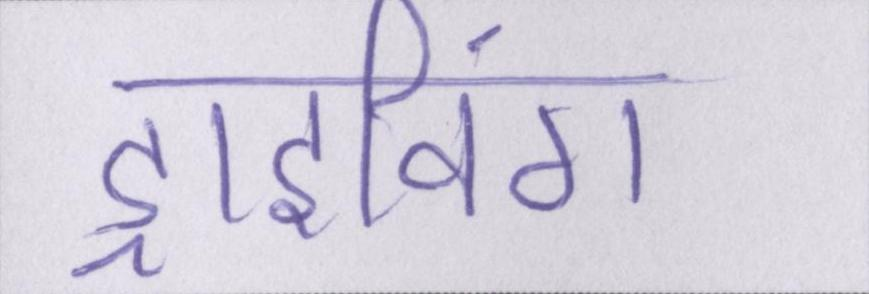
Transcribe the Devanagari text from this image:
ड्राइविंग